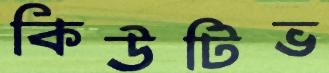
কিউটিভ